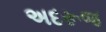
અદરૂજ